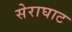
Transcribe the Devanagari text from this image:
सेराघाट